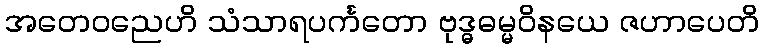
အတေဝညေဟိ သံသာရပင်္ကတော ဗုဒ္ဓဓမ္မဝိနယေ ဇဟာပေတိ